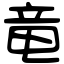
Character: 竜